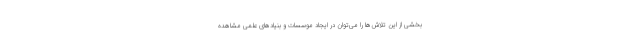
بخشی از این تلاش‌ها را می‌توان در ایجاد موسسات و بنیاد‌های علمی مشاهده